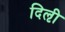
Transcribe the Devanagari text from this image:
दिऌी